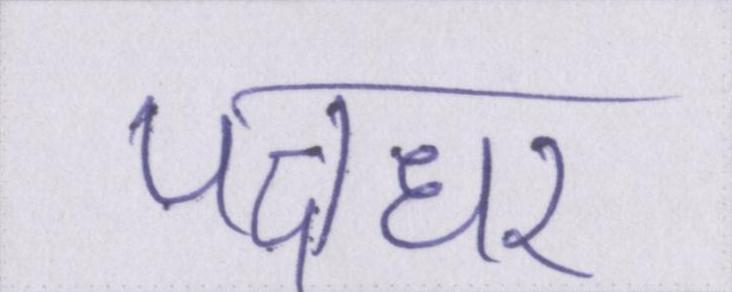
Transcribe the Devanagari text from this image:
पक्षधर